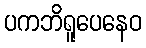
ပကဘိရူပေနေဝ